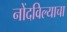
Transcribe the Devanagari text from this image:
नोंदविल्याचा